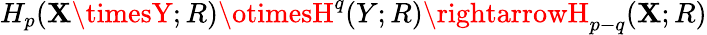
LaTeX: H_{p}(\mathbf{X}\timesY;R)\otimesH^{q}(Y;R)\rightarrowH_{p-q}(\mathbf{X};R)